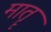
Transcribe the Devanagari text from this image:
मातॄ